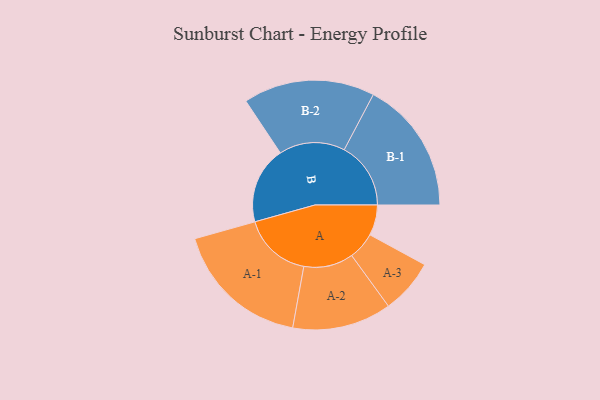
{"axis": {"x": "Segment", "y": "Value"}, "legend": ["", "A", "B"], "data": [{"x": "A", "y": 122, "type": ""}, {"x": "B", "y": 308, "type": ""}, {"x": "A-1", "y": 274, "type": "A"}, {"x": "A-2", "y": 198, "type": "A"}, {"x": "A-3", "y": 109, "type": "A"}, {"x": "B-1", "y": 266, "type": "B"}, {"x": "B-2", "y": 263, "type": "B"}]}